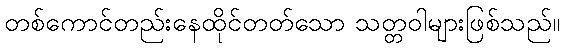
တစ်ကောင်တည်းနေထိုင်တတ်သော သတ္တဝါများဖြစ်သည်။